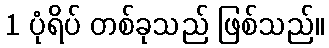
1 ပုံရိပ် တစ်ခုသည် ဖြစ်သည်။